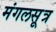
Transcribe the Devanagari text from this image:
मंगलसूत्र